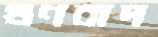
গুণবাদ